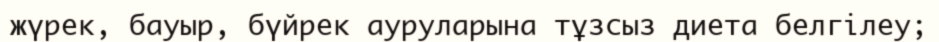
жүрек, бауыр, бүйрек ауруларына тұзсыз диета белгілеу;